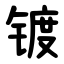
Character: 镀